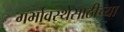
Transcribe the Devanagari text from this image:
गर्भावस्थेसाठीच्या